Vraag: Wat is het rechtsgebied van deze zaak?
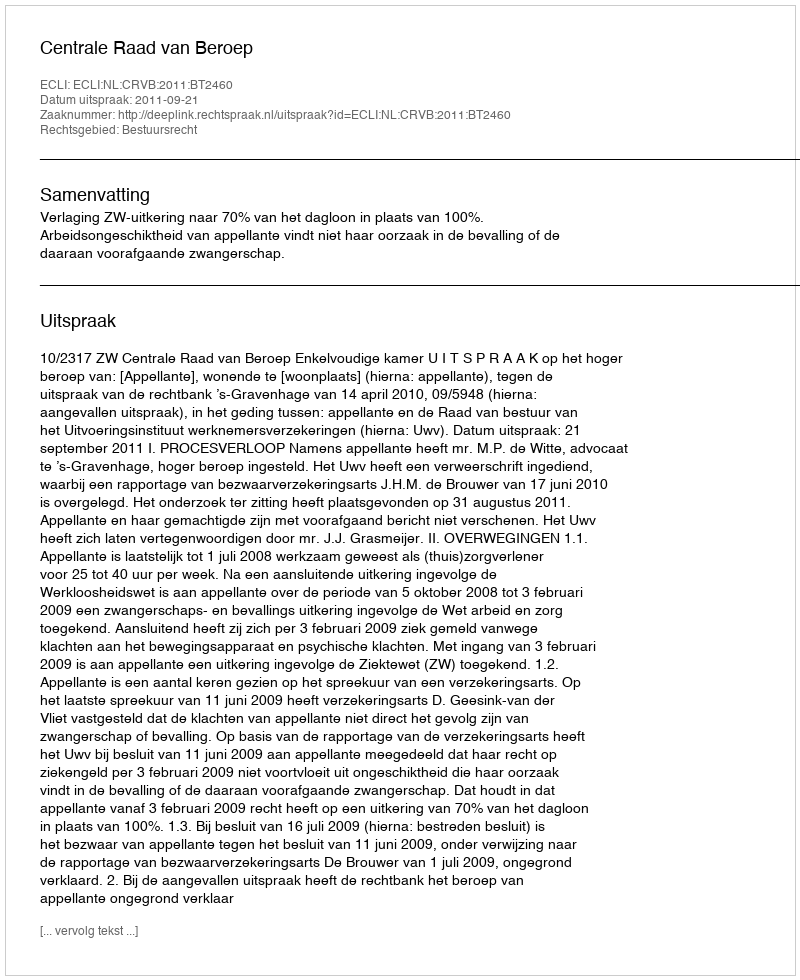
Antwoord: Bestuursrecht